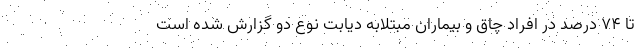
تا 74 درصد در افراد چاق و بیماران مبتلابه دیابت نوع دو گزارش شده است